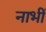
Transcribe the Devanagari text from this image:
नाभीं